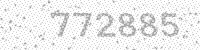
Solution: 772885